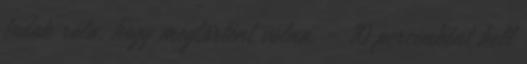
tudok róla, hogy megtörtént volna. - 10 percenként kell